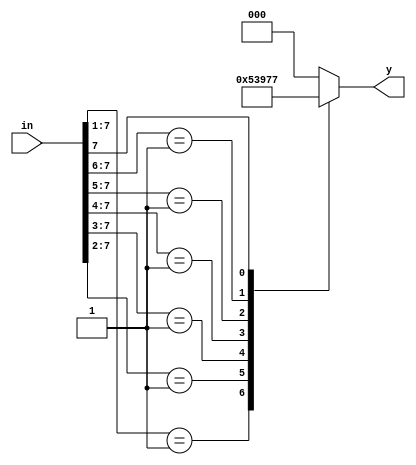
`timescale 1ns / 1ps
//////////////////////////////////////////////////////////////////////////////////
// Company: 
// Engineer: 
// 
// Design Name: 
// Module Name:    Priorityenc_30 
// Project Name: 
// Target Devices: 
// Tool versions: 
// Description: 
//
// Dependencies: 
//
// Revision: 
// Revision 0.01 - File Created
// Additional Comments: 
//
//////////////////////////////////////////////////////////////////////////////////
module Priorityenc_30(input[7:0]in,output reg[2:0]y);
always@(*)begin
casez(in)
 8'b00000001:y<=3'b000;
 8'b0000001z:y<=3'b001;
 8'b000001zz:y<=3'b010;
8'b00001zzz:y<=3'b011;
8'b0001zzzz:y<=3'b100;
8'b001zzzzz:y<=3'b101;
8'b01zzzzzz:y<=3'b110;
8'b1zzzzzzz:y<=3'b111;
default:y<=3'b000;
endcase
end
    


endmodule